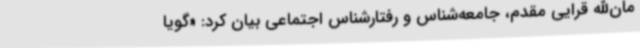
مان‌الله قرایی مقدم، جامعه‌شناس و رفتارشناس اجتماعی بیان کرد: «گویا